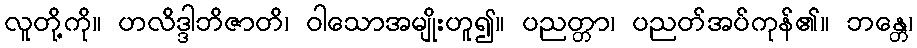
လူတို့ကို။ ဟလိဒ္ဒါဘိဇာတိ၊ ဝါသောအမျိုးဟူ၍။ ပညတ္တာ၊ ပညတ်အပ်ကုန်၏။ ဘန္တေ၊